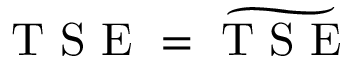
\mathrm { ~ T ~ S ~ E ~ } = \widetilde { \mathrm { ~ T ~ S ~ E ~ } }